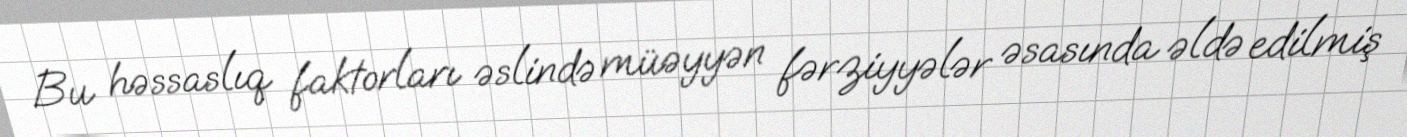
Bu həssaslıq faktorları əslində müəyyən fərziyyələr əsasında əldə edilmiş